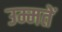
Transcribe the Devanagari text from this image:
उम्मतें